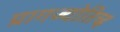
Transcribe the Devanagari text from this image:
प्रागज्योतिच्ह